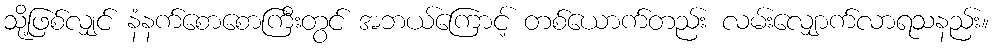
သို့ဖြစ်လျှင် နံနက်စောစောကြီးတွင် အဘယ်ကြောင့် တစ်ယောက်တည်း လမ်းလျှောက်လာရသနည်း။